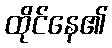
ထိုင်နေ၏